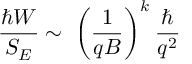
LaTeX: \frac { \hbar W } { S _ { E } } \sim \; \biggl ( \frac { 1 } { q B } \biggr ) ^ { k } \: \frac { \hbar } { q ^ { 2 } }